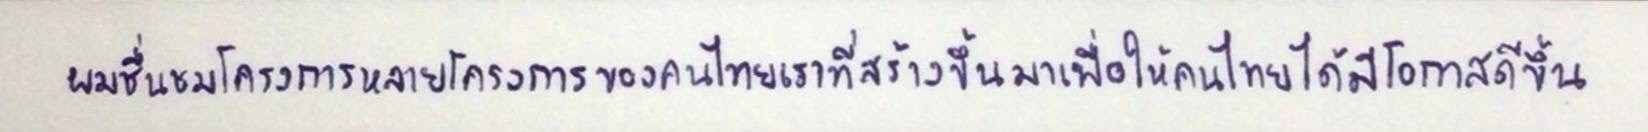
ผมชื่นชมโครงการหลายโครงการของคนไทยเราที่สร้างขึ้นมาเพื่อให้คนไทยได้มีโอกาสดีขึ้น